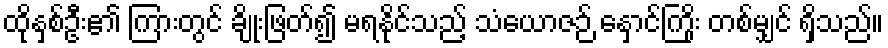
ထိုနှစ်ဦး၏ ကြားတွင် ချိုးဖြတ်၍ မရနိုင်သည့် သံယောဇဉ် နှောင်ကြိုး တစ်မျှင် ရှိသည်။